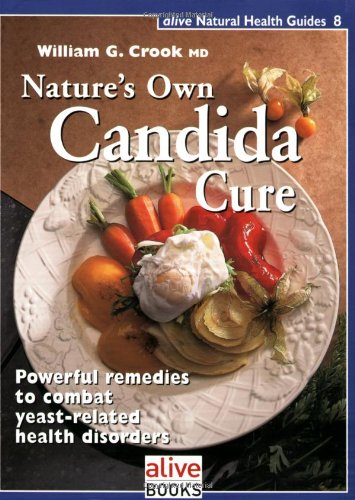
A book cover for Natures Own Candida Cure (Natural Health Guide) (Alive Natural Health Guides); William G., M.D. Crook; Health, Fitness & Dieting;